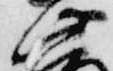
此